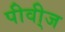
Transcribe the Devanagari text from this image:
पीवी्ज